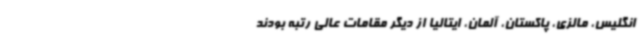
انگلیس، مالزی، پاکستان، آلمان، ایتالیا از دیگر مقامات عالی رتبه بودند